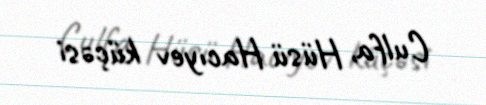
Culfa, Hüsü Hacıyev küçəsi